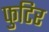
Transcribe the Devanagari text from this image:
फुटिर